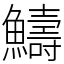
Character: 䲖